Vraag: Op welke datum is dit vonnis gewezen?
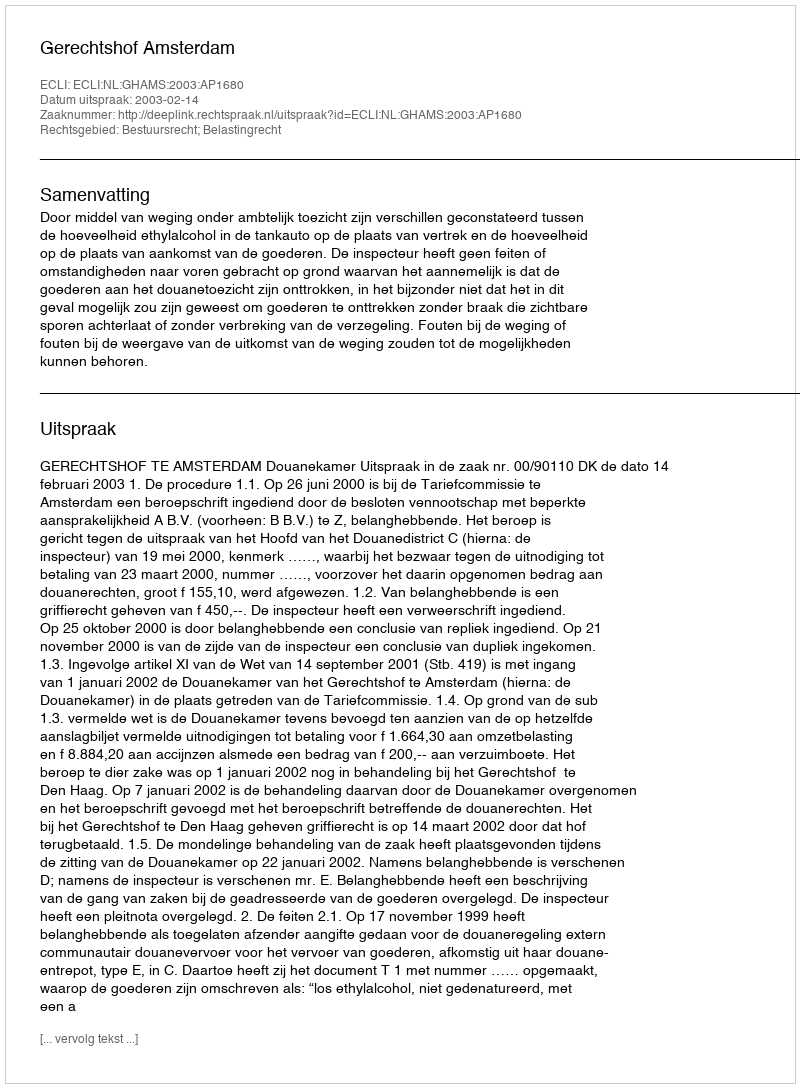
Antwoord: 2003-02-14